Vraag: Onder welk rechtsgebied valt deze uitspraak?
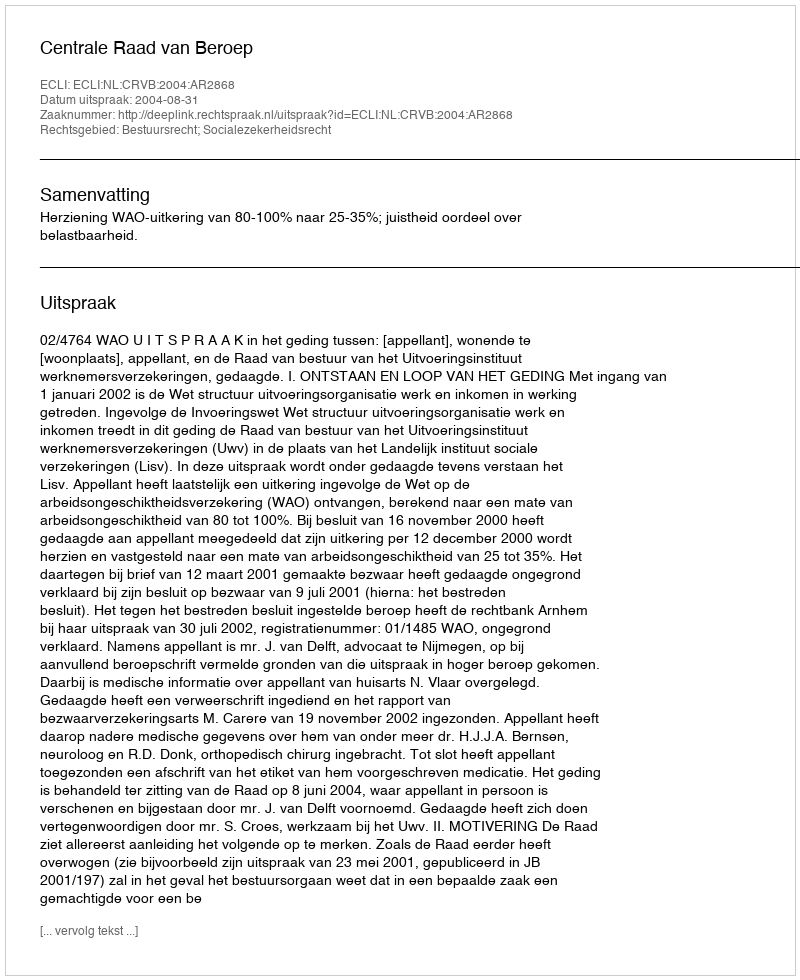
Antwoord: Bestuursrecht; Socialezekerheidsrecht